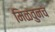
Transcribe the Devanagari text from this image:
मिळवुनच